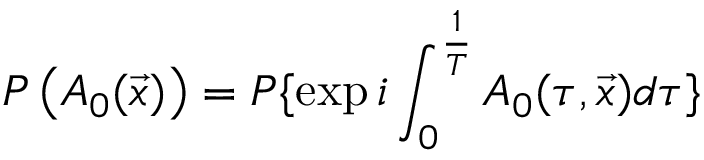
P \left( A _ { 0 } ( \vec { x } ) \right) = P \{ \exp { i \int _ { 0 } ^ { { \frac { 1 } { T } } } A _ { 0 } ( \tau , \vec { x } ) d \tau } \}